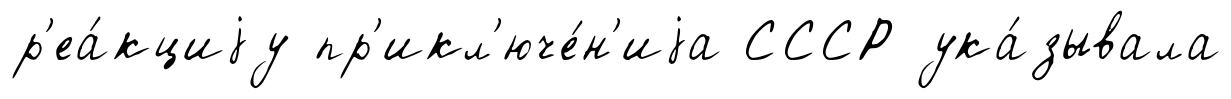
р'еа́кциjу пр'икл'юче́н'иjа СССР ука́зывала